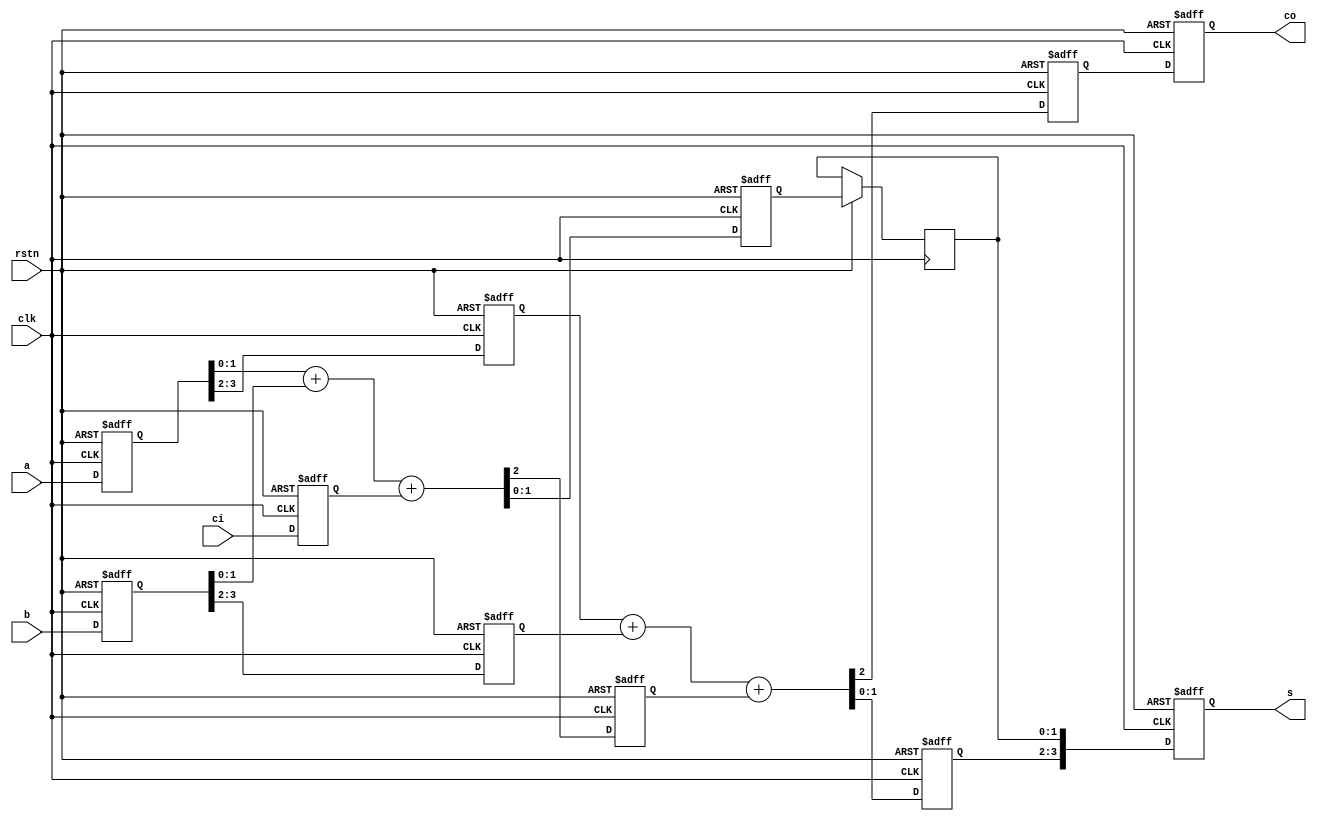
module  pipeLiningAdder(
  output    reg     [3:0]    s,
  output    reg              co,
  input             [3:0]    a,
  input             [3:0]    b,
  input                      ci,

  input                      clk,
  input                      rstn
);

reg    [3:0]       a_tmp;
reg    [3:0]       b_tmp;
reg    [1:0]       a_tmp2;
reg    [1:0]       b_tmp2;
reg                ci_tmp;
reg    [1:0]       s_tmp3;

reg                co_low;
reg    [1:0]       s_low;
reg                co_hign;
reg    [1:0]       s_hign;

always@(posedge  clk,negedge  rstn) begin
  if(!rstn) begin
    a_tmp   <= 4'b0;
    b_tmp   <= 4'b0;
    ci_tmp  <= 1'b0;
  end else begin                   //
    a_tmp  <= a; 
    b_tmp  <= b; 
    ci_tmp <= ci; 
  end
end

always@(posedge  clk,negedge  rstn)
begin
  if(!rstn)
  begin
    co_low  <=  1'b0;
    s_low   <=  2'b0; 
    a_tmp2  <=  2'b0; 
    b_tmp2  <=  2'b0; 
  end
  else
  begin                  //
  {co_low,s_low} <= a_tmp[1:0] + b_tmp[1:0] + ci_tmp;
  a_tmp2 <= a_tmp[3:2];
  b_tmp2 <= b_tmp[3:2];
end
end

always@(posedge  clk,negedge  rstn)
begin
  if(!rstn)
  begin
    co_hign <= 2'b0;
    s_hign  <= 2'b0;
  end
  else
  begin                   //
  {co_hign,s_hign} <= a_tmp2 + b_tmp2 + co_low;
  s_tmp3   <= s_low; //
end
end

always@(posedge  clk,negedge  rstn)
begin
  if(!rstn)
  begin
    co <= 1'b0;
    s  <= 4'b0;
  end
  else
  begin
    {co,s} = {co_hign,s_hign,s_tmp3}; //
  end
end

endmodule